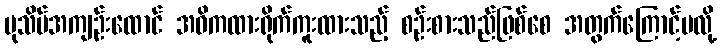
ပုသိမ်အကျဉ်းထောင် အဓိကထားရိုက်ကူးထားသည့် စဉ်းစားသည်ဖြစ်စေ အတွက်ကြောင့်မလို့